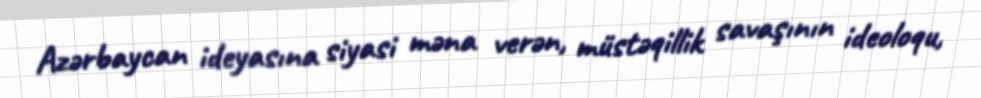
Azərbaycan ideyasına siyasi məna verən, müstəqillik savaşının ideoloqu,